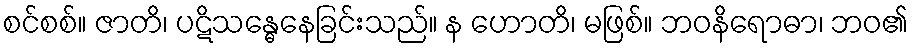
စင်စစ်။ ဇာတိ၊ ပဋိသန္ဓေနေခြင်းသည်။ န ဟောတိ၊ မဖြစ်။ ဘဝနိရောဓာ၊ ဘဝ၏